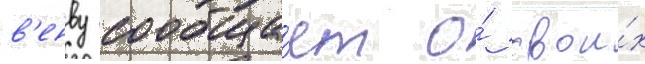
в'енву сообща́ет о́ свои́х